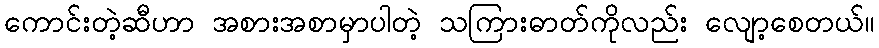
ကောင်းတဲ့ဆီဟာ အစားအစာမှာပါတဲ့ သကြားဓာတ်ကိုလည်း လျော့စေတယ်။